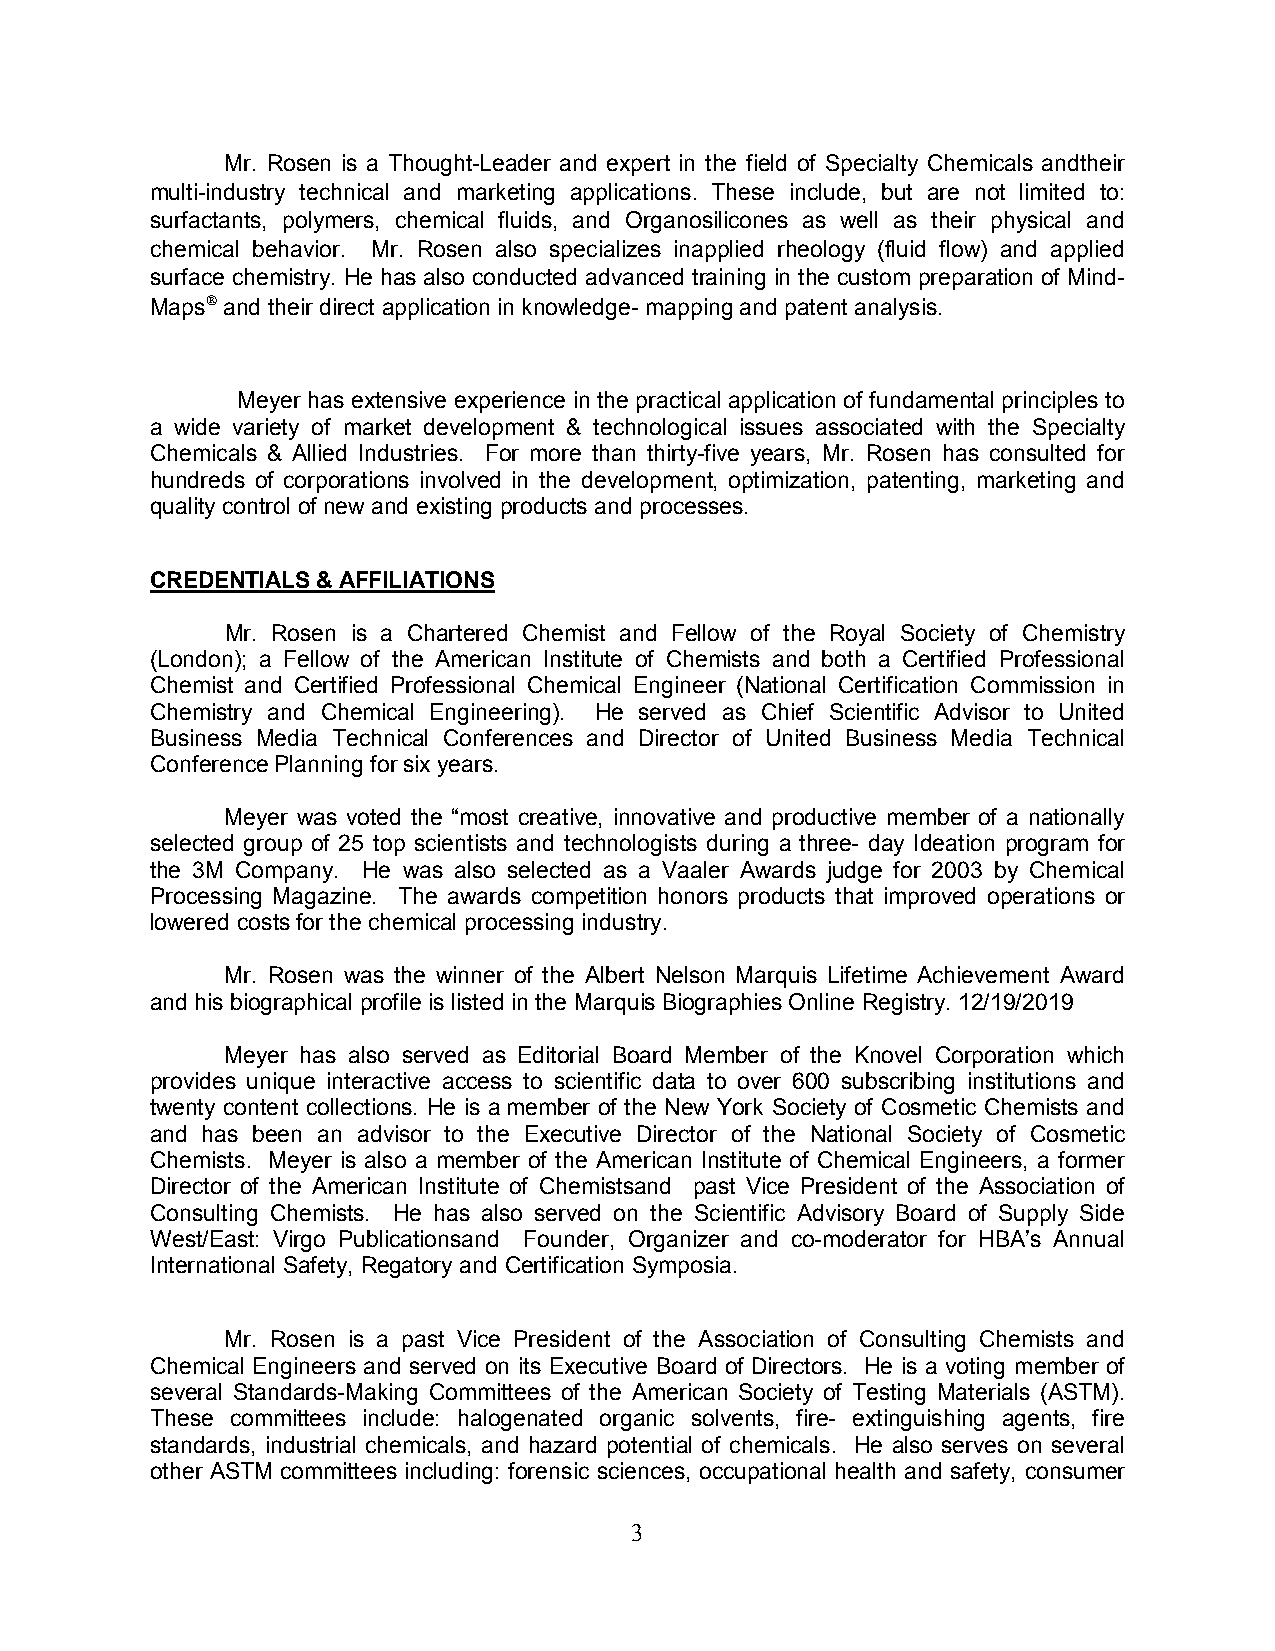
Mr. Rosen is a Thought-Leader and expert in the field of Specialty Chemicals andtheir
 multi-industry technical and marketing applications. These include, but are not limited to:
 surfactants, polymers, chemical fluids, and Organosilicones as well as their physical and
 chemical behavior. Mr. Rosen also specializes inapplied rheology (fluid flow) and applied
 surface chemistry. He has also conducted advanced training in the custom preparation of Mind-
 Maps
 and their direct application in knowledge- mapping and patent analysis.
 Meyer has extensive experience in the practical application of fundamental principles to
 a wide variety of market development & technological issues associated with the Specialty
 Chemicals & Allied Industries. For more than thirty-five years, Mr. Rosen has consulted for
 hundreds of corporations involved in the development, optimization, patenting, marketing and
 quality control of new and existing products and processes.
 CREDENTIALS & AFFILIATIONS
 Mr. Rosen is a Chartered Chemist and Fellow of the Royal Society of Chemistry
 (London); a Fellow of the American Institute of Chemists and both a Certified Professional
 Chemist and Certified Professional Chemical Engineer (National Certification Commission in
 Chemistry and Chemical Engineering). He served as Chief Scientific Advisor to United
 Business Media Technical Conferences and Director of United Business Media Technical
 Conference Planning for six years.
 Meyer was voted the “most creative, innovative and productive member of a nationally
 selected group of 25 top scientists and technologists during a three- day Ideation program for
 the 3M Company. He was also selected as a Vaaler Awards judge for 2003 by Chemical
 Processing Magazine. The awards competition honors products that improved operations or
 lowered costs for the chemical processing industry.
 Mr. Rosen was the winner of the Albert Nelson Marquis Lifetime Achievement Award
 and his biographical profile is listed in the Marquis Biographies Online Registry. 12/19/2019
 Meyer has also served as Editorial Board Member of the Knovel Corporation which
 provides unique interactive access to scientific data to over 600 subscribing institutions and
 twenty content collections. He is a member of the New York Society of Cosmetic Chemists and
 and has been an advisor to the Executive Director of the National Society of Cosmetic
 Chemists. Meyer is also a member of the American Institute of Chemical Engineers, a former
 Director of the American Institute of Chemistsand past Vice President of the Association of
 Consulting Chemists. He has also served on the Scientific Advisory Board of Supply Side
 West/East: Virgo Publicationsand Founder, Organizer and co-moderator for HBA’s Annual
 International Safety, Regatory and Certification Symposia.
 Mr. Rosen is a past Vice President of the Association of Consulting Chemists and
 Chemical Engineers and served on its Executive Board of Directors. He is a voting member of
 several Standards-Making Committees of the American Society of Testing Materials (ASTM).
 These committees include: halogenated organic solvents, fire- extinguishing agents, fire
 standards, industrial chemicals, and hazard potential of chemicals. He also serves on several
 other ASTM committees including: forensic sciences, occupational health and safety, consumer
 3